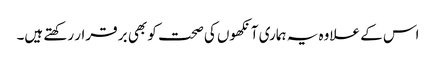
اس کے علاوہ یہ ہماری آنکھوں کی صحت کو بھی بر قرار رکھتے ہیں۔